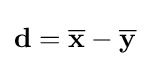
\mathbf {d} ={\overline {\mathbf {x} }}-{\overline {\mathbf {y} }}